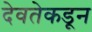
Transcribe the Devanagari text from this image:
देवतेकडून